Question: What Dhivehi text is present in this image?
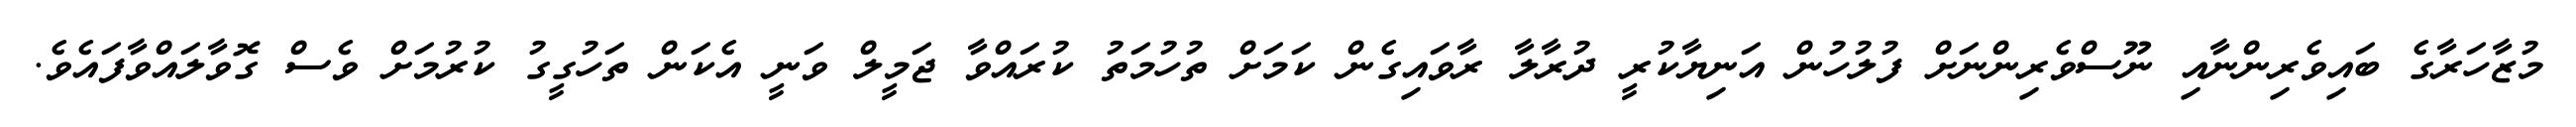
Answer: މުޒާހަރާގެ ބައިވެރިންނާއި ނޫސްވެރިންނަށް ފުލުހުން އަނިޔާކުރީ ދުރާލާ ރާވައިގެން ކަމަށް ތުހުމަތު ކުރައްވާ ޖަމީލް ވަނީ އެކަން ތަހުގީގު ކުރުމަށް ވެސް ގޮވާލައްވާފައެވެ.